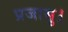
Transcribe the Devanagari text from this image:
प्रजासु।